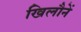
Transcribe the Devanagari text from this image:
खिलौनें